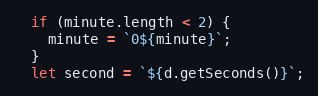
Language: JavaScript
  if (minute.length < 2) {
    minute = `0${minute}`;
  }
  let second = `${d.getSeconds()}`;